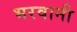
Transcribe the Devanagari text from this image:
भरवानी